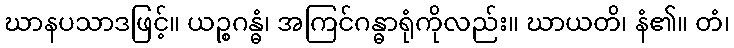
ဃာနပသာဒဖြင့်။ ယဉ္စဂန္ဓံ၊ အကြင်ဂန္ဓာရုံကိုလည်း။ ဃာယတိ၊ နံ၏။ တံ၊